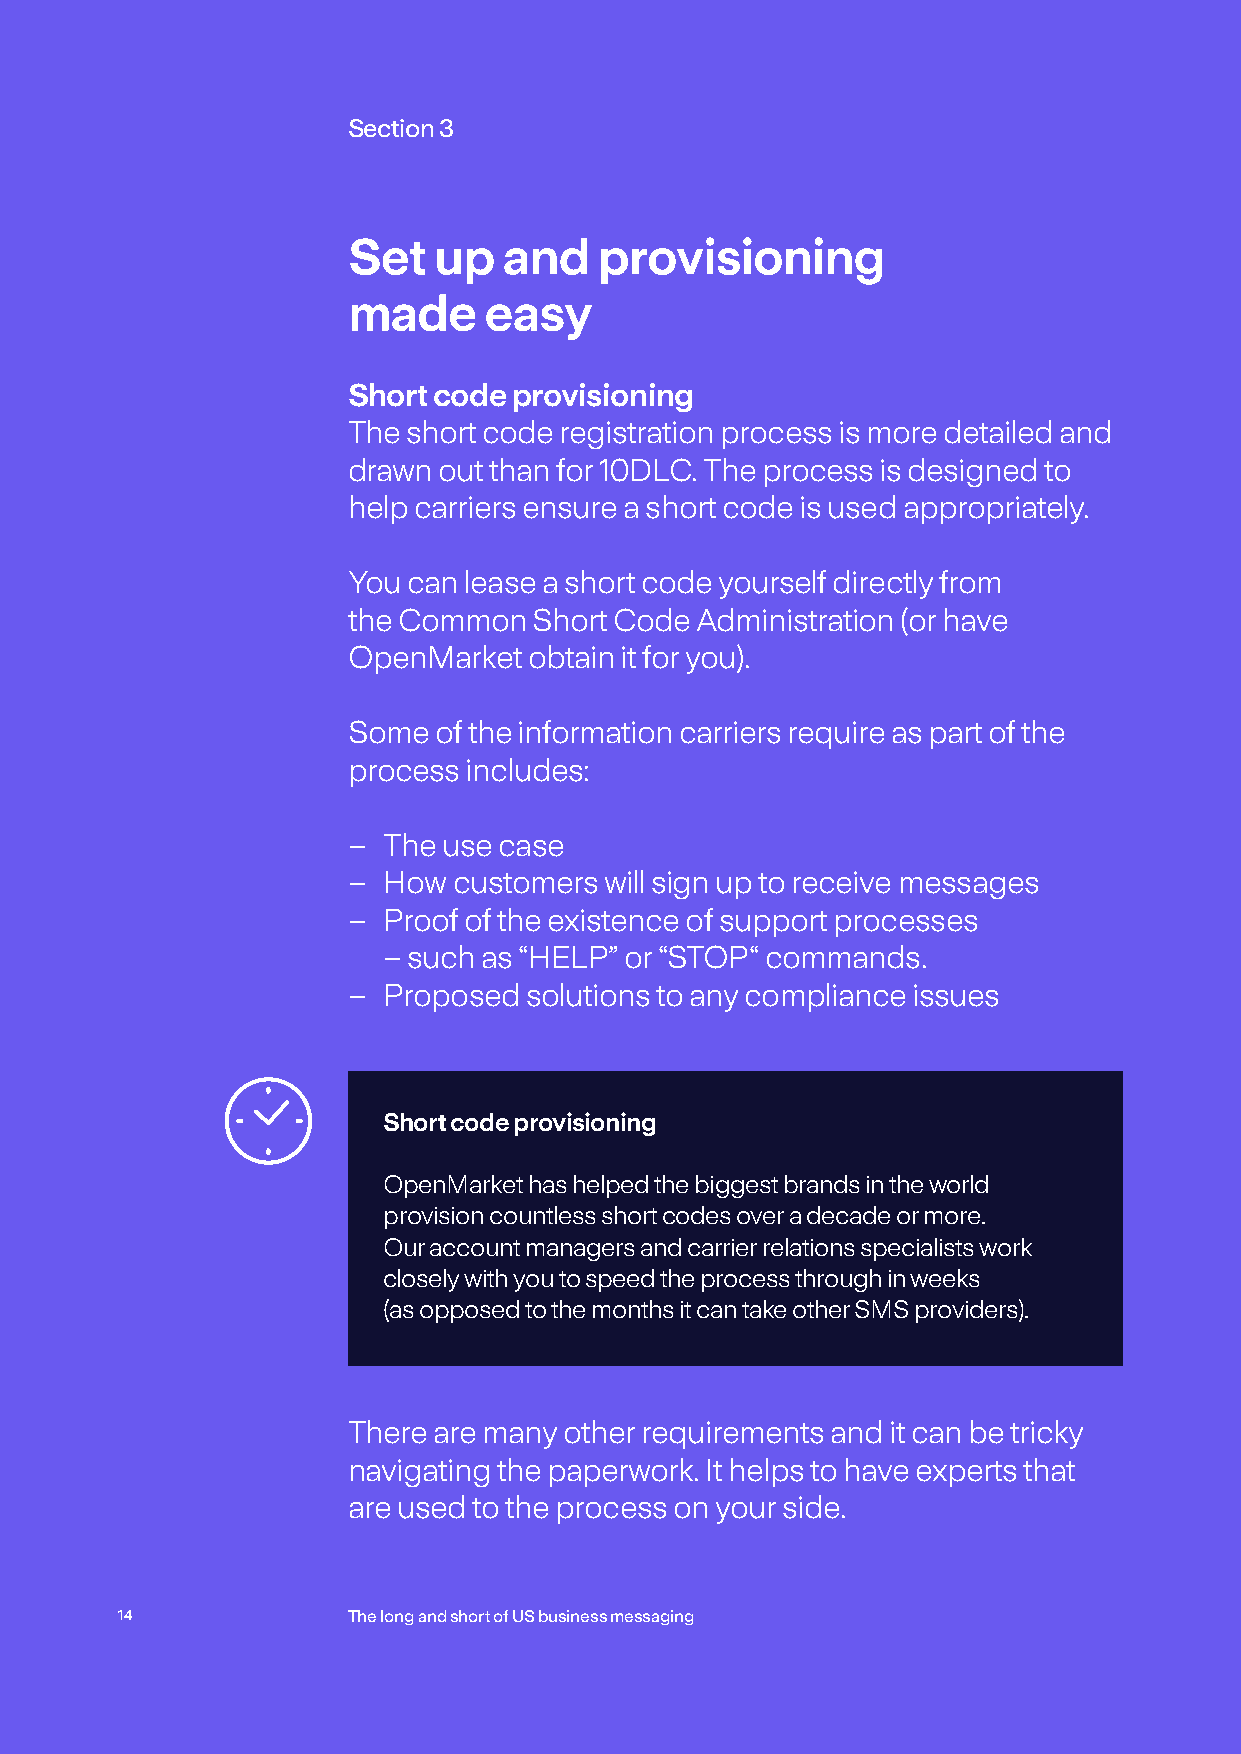
Section 3
 Set   up  and    provisioning
 made     easy
 Short code provisioning
 The short code registration process is more detailed and
 drawn out than for 10DLC. The process is designed to
 help carriers ensure a short code is used appropriately.
 You can lease a short code yourself directly from
 the Common  Short Code Administration (or have
 OpenMarket  obtain it for you).
 Some  of the information carriers require as part of the
 process includes:
 – The use case
 – How  customers will sign up to receive messages
 – P roof of the existence of support processes
 – such as “HELP” or “STOP“ commands.
 – Proposed  solutions to any compliance issues
 Short code provisioning
 OpenMarket has helped the biggest brands in the world
 provision countless short codes over a decade or more.
 Our account managers and carrier relations specialists work
 closely with you to speed the process through in weeks
 (as opposed to the months it can take other SMS providers).
 There are many other requirements and it can be tricky
 navigating the paperwork. It helps to have experts that
 are used to the process on your side.
 14             The long and short of US business messaging